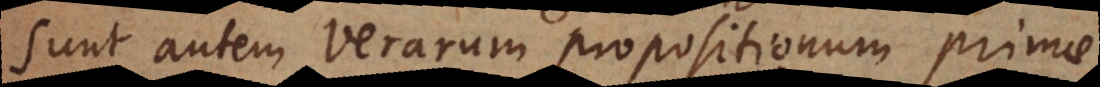
Sunt autem verarum propositionum primae